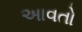
અાવતો